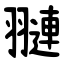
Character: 翴